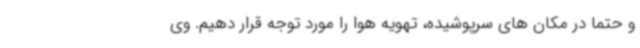
و حتما در مکان های سرپوشیده، تهویه هوا را مورد توجه قرار دهیم. وی